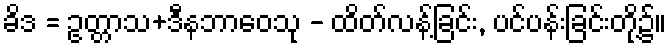
ခိဒ = ဥတ္တာသ+ဒီနဘာဝေသု - ထိတ်လန့်ခြင်း, ပင်ပန်းခြင်းတို့၌။